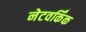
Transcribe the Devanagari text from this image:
नेटवर्किंक